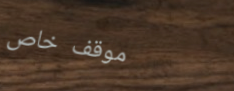
موقف خاص